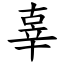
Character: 辜